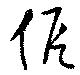
仮